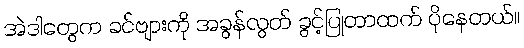
အဲဒါတွေက ခင်ဗျားကို အခွန်လွတ် ခွင့်ပြုတာထက် ပိုနေတယ်။